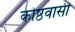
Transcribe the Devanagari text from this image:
कोष्ठवासी